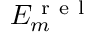
E _ { m } ^ { \mathrm { ~ r ~ e ~ l ~ } }